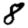
Digit: 8